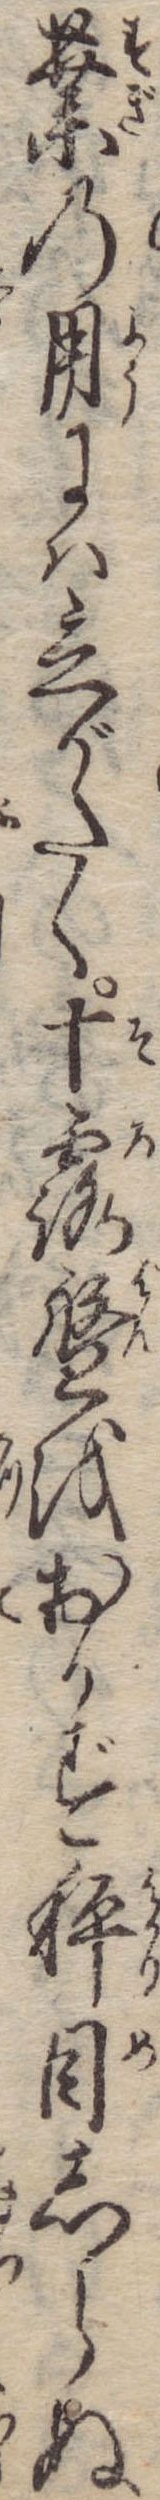
業の用には立がたく十露盤をおかず秤目しらぬ